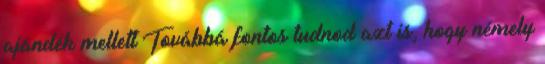
ajándék mellett Továbbá fontos tudnod azt is, hogy némely